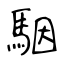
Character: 駰